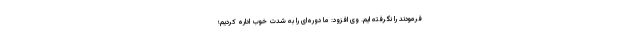
فرمودند را نگرفته ایم. وی افزود: ما دوره‌ای را به شدت خوب اداره کردیم؛